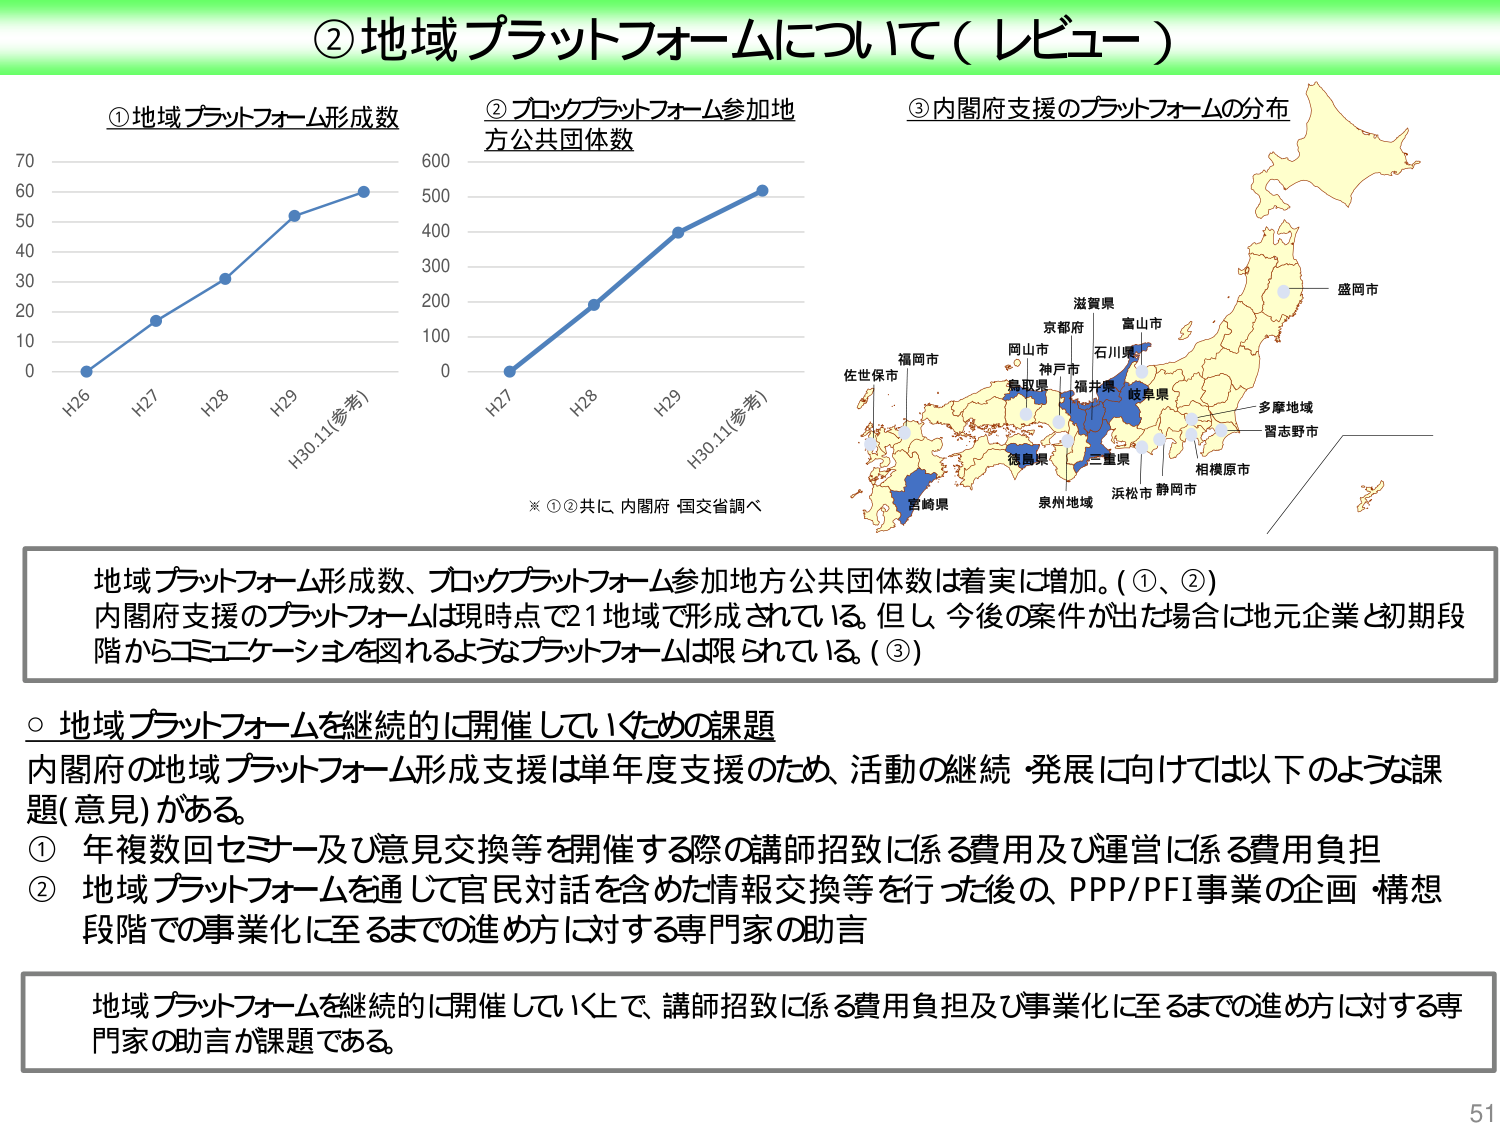
②地域プラットフォームについて（レビュー）

①地域プラットフォーム形成数
②ブロックプラットフォーム参加地方公共団体数
③内閣府支援のプラットフォームの分布

H26　H27　H28　H29　H30.11(参考)
0　10　20　30　40　50　60　70

H27　H28　H29　H30.11(参考)
0　100　200　300　400　500　600

※①②共に 内閣府・国交省調べ

滋賀県　富山市
京都府　石川県
岡山市　神戸市　福井県　岐阜県
福岡市　鳥取県
佐世保市
徳島県　三重県　相模原市
宮崎県　泉州地域　浜松市　静岡市
多摩地域　習志野市
盛岡市

地域プラットフォーム形成数、ブロックプラットフォーム参加地方公共団体数は着実に増加。(①、②)
内閣府支援のプラットフォームは現時点で21地域で形成されている。但し、今後の案件が出た場合には地元企業と初期段階からコミュニケーションを図れるようなプラットフォームは限られている。(③)

○ 地域プラットフォームを継続的に開催していくための課題
内閣府の地域プラットフォーム形成支援は単年度支援のため、活動の継続・発展に向けては以下のような課題(意見)がある。
① 年複数回セミナー及び意見交換等を開催する際の講師招致に係る費用及び運営に係る費用負担
② 地域プラットフォームを通じて官民対話を含めた情報交換等を行った後の、PPP/PFI事業の企画・構想段階での事業化に至るまでの進め方に対する専門家の助言

地域プラットフォームを継続的に開催していく上で、講師招致に係る費用負担及び事業化に至るまでの進め方に対する専門家の助言が課題である。

51